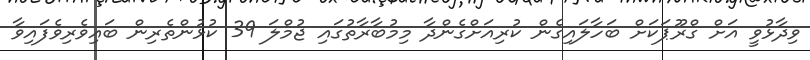
ވިދާޅުވީ އަށް ގްރޫޕަކަށް ބަހާލައިގެން ކުރިއަށްގެންދާ މިމުބާރާތުގައި ޖުމްލަ 39 ކުޅުންތެރިން ބައިވެރިވެފައިވާ